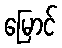
မြောင်